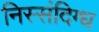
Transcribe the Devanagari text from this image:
निस्संदिग्ध